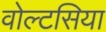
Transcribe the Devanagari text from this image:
वोल्टसिया